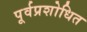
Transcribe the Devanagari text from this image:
पूर्वप्रशोधित